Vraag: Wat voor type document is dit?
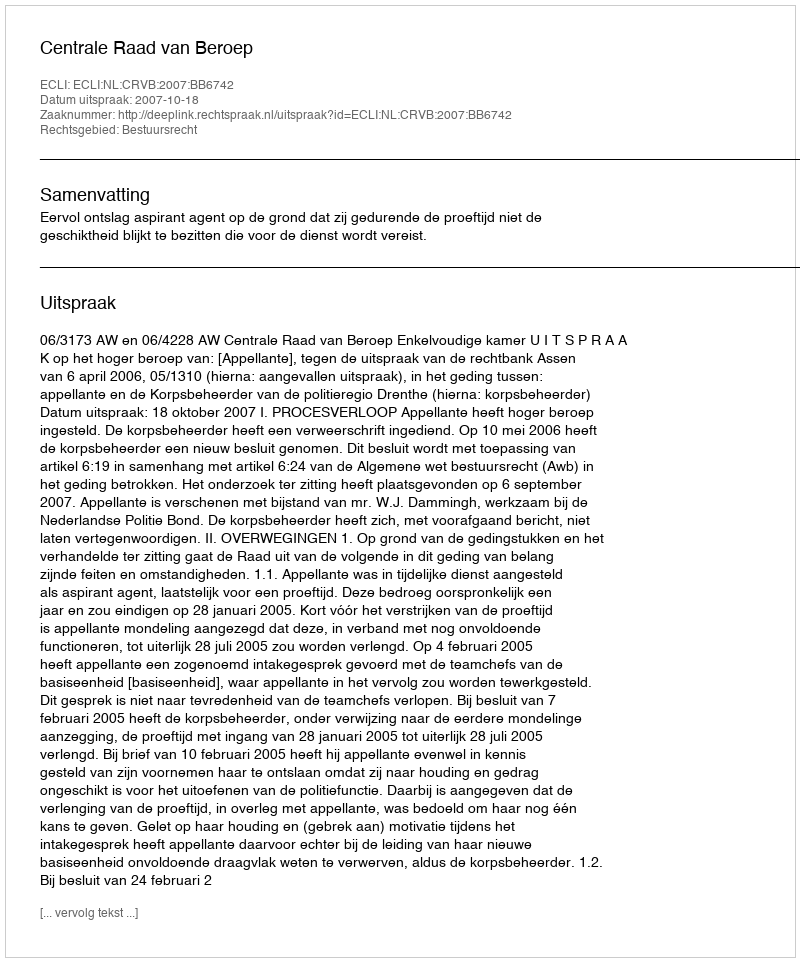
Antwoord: Uitspraak